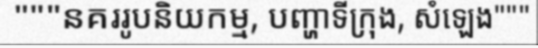
"""នគររូបនិយកម្ម, បញ្ហាទីក្រុង, សំឡេង"""